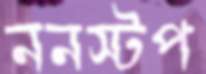
ননস্টপ